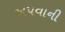
અપવાની